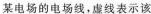
某电场的电场线，虚线表示该